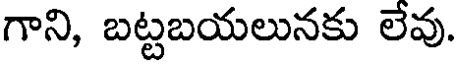
గాని, బట్టబయలునకు లేవు.